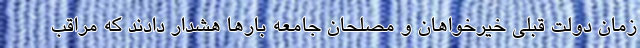
زمان دولت قبلی خیرخواهان و مصلحان جامعه بارها هشدار دادند که مراقب